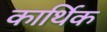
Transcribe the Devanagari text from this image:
कार्थिक